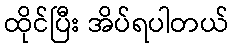
ထိုင်ပြီး အိပ်ရပါတယ်